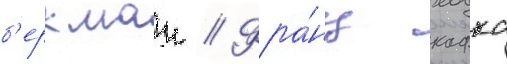
б'еркман // Фра́нц кафка